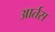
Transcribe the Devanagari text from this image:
आर्तस